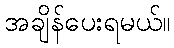
အချိန်ပေးရမယ်။